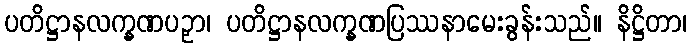
ပတိဋ္ဌာနလက္ခဏပဉှာ၊ ပတိဋ္ဌာနလက္ခဏပြဿနာမေးခွန်းသည်။ နိဋ္ဌိတာ၊